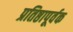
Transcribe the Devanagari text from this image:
प्रतिष्ठापूर्वक